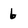
Character: 6